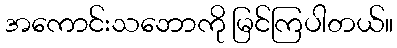
အကောင်းသဘောကို မြင်ကြပါတယ်။